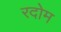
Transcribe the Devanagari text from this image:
रदोम